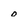
Character: o